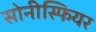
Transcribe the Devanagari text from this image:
सोनीस्फियर